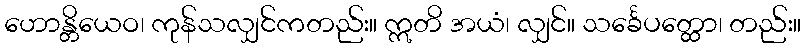
ဟောန္တိယေဝ၊ ကုန်သလျှင်ကတည်း။ ဣတိ အယံ၊ လျှင်။ သင်္ခေပတ္ထော၊ တည်း။